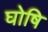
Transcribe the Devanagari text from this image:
घोषि